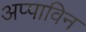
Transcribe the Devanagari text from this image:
अप्पाविन